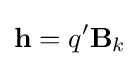
\mathbf {h} =q'\mathbf {B} _{k}